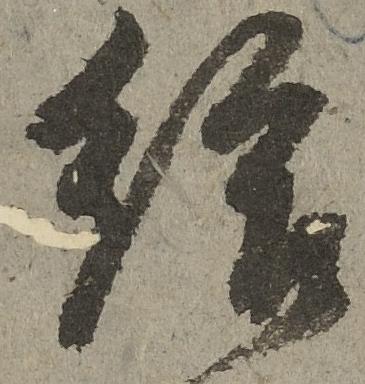
給